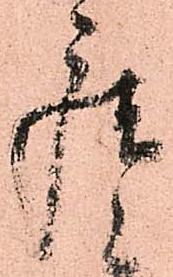
座